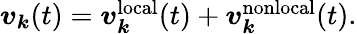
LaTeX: \begin{array}{r}{\boldsymbol v_{\boldsymbol k}(t)=\boldsymbol v_{\boldsymbol k}^{\mathrm{local}}(t)+\boldsymbol v_{\boldsymbol k}^{\mathrm{nonlocal}}(t).}\end{array}